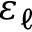
\varepsilon _ { \ell }